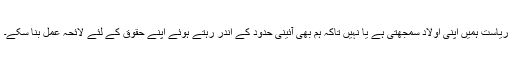
ریاست ہمیں اپنی اولاد سمجھتی ہے یا نہیں تاکہ ہم بھی آئینی حدود کے اندر رہتے ہوئے اپنے حقوق کے لئے لائحہ عمل بنا سکے۔